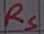
Text: RS